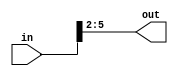
module sub_module(
	input  [7:0] in,
	output [3:0] out
);

assign out = in[5:2];

endmodule